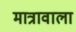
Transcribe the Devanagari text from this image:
मात्रावाला